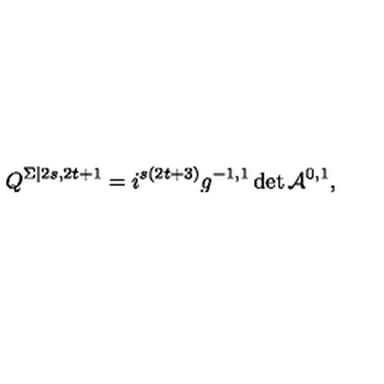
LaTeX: Q ^ { \Sigma | 2 s , 2 t + 1 } = i ^ { s ( 2 t + 3 ) } g ^ { - 1 , 1 } \det \mathcal { A } ^ { 0 , 1 } ,